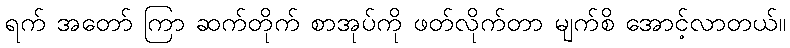
ရက် အတော် ကြာ ဆက်တိုက် စာအုပ်ကို ဖတ်လိုက်တာ မျက်စိ အောင့်လာတယ်။